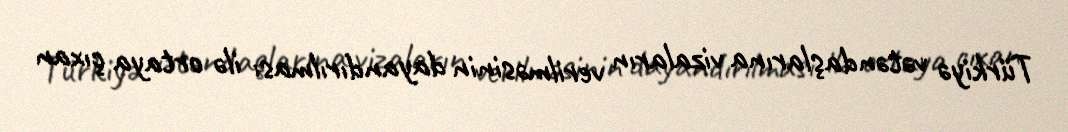
Türkiyə vətəndaşlarına vizaların verilməsinin dayandırılması ilə ortaya çıxan